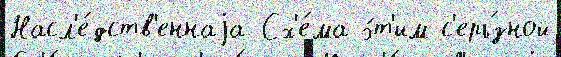
Насл'е́дств'еннаjа Сх'е́ма э́т'им с'ерь́зной